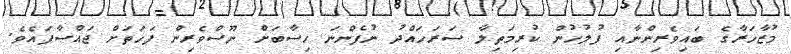
މުޒާހަރާގެ ބައިވެރިންނާއި ފުލުހުން ކުރިމަތިލާ ސަރަހައްދު ނުފެންނަ ހިސާބަށް ނޫސްވެރިން ފަހަތަށް ޖައްސާފައެވެ.